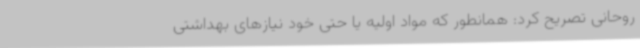
روحانی تصریح کرد: همانطور که مواد اولیه یا حتی خود نیازهای بهداشتی